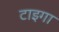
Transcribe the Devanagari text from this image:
टाइगा